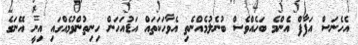
އެހެނަސް އަފާފް އެންމެ ބަހެއްވެސް ބުނެލުމެއްނެތި އެވާހަކަތައް އަޑުއަހަން ހިނިތުންވުމެއްގައި އިނީ އޭނަގެ